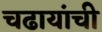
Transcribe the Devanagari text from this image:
चढायांची